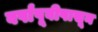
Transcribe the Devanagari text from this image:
वर्षांपूवीपासून